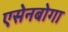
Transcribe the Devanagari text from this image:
एसेनबोगा